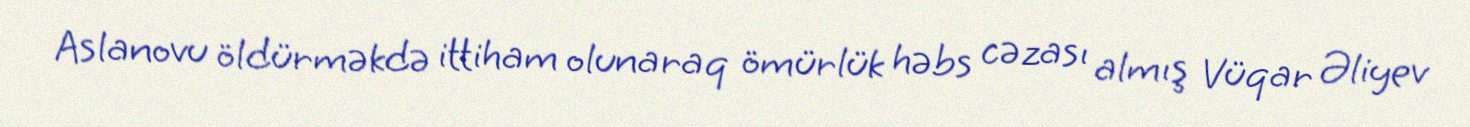
Aslanovu öldürməkdə ittiham olunaraq ömürlük həbs cəzası almış Vüqar Əliyev